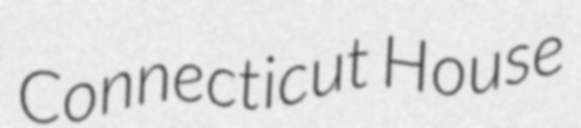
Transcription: Connecticut House